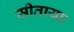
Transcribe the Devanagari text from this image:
सीतायाः